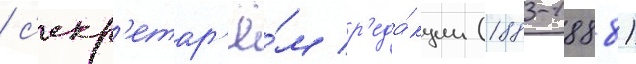
/ с'екр'етар'ё́м р'еда́кции (1883-1888)